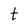
Character: t